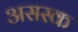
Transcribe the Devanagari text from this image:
असस्क